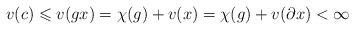
LaTeX: \begin{align*} v(c) \leqslant v(gx) = \chi(g) + v(x) = \chi(g) + v(\partial x) < \infty\end{align*}